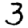
Digit: 3